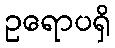
ဥရောပရှိ